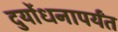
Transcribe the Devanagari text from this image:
दुर्योधनापर्यंत